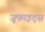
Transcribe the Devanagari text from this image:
जूफाइट्स